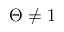
\Theta \neq 1